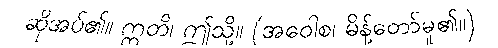
ဆိုအပ်၏။ ဣတိ၊ ဤသို့။ (အဝေါစ၊ မိန့်တော်မူ၏။)